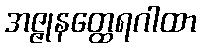
အဇ္ဇုနတ္ထေရဂါထာ